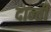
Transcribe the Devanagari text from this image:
दान्ती